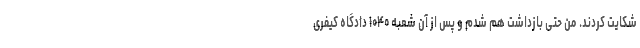
شکایت کردند. من حتی بازداشت هم شدم و پس از آن شعبه ۱۰۴۰ دادگاه کیفری